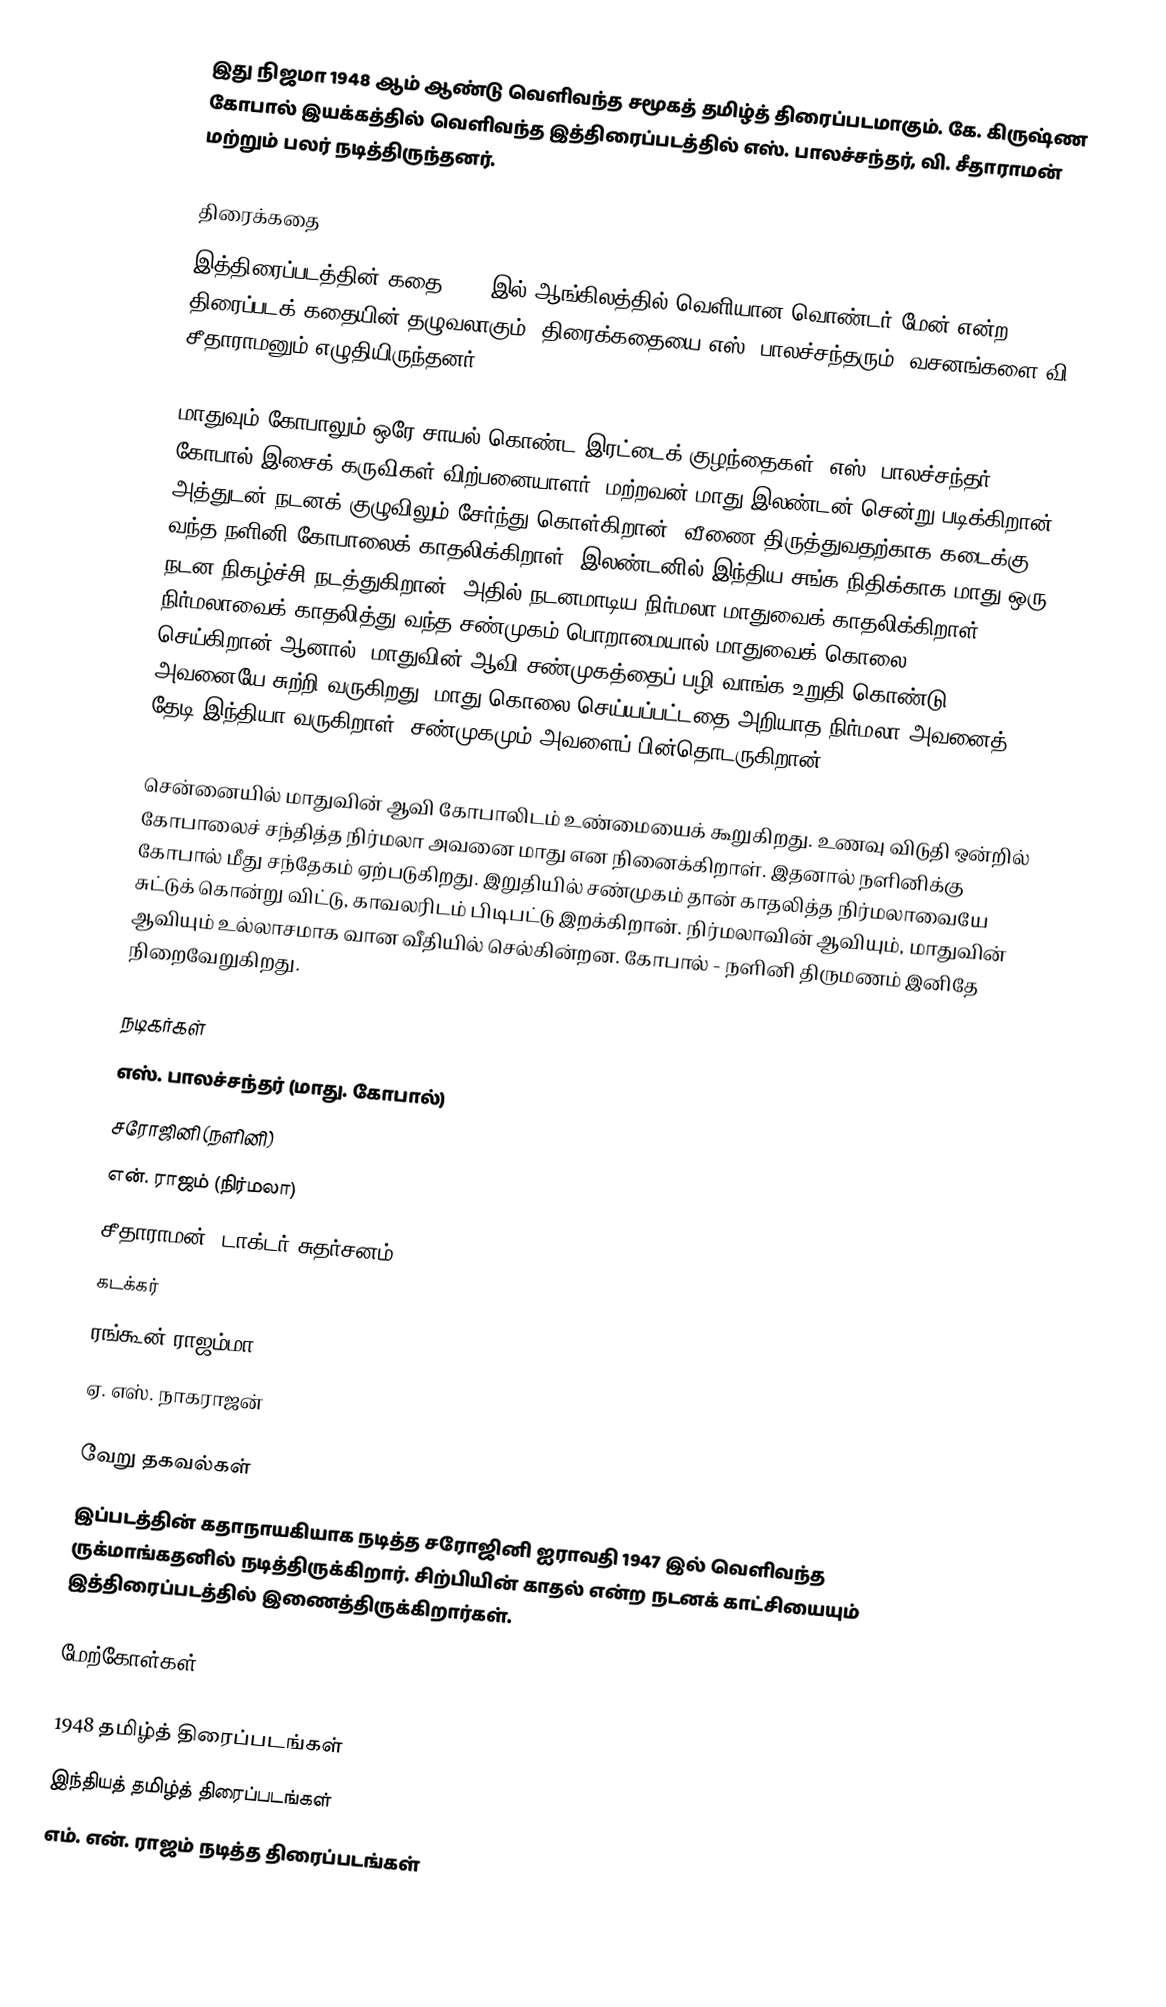
இது நிஜமா 1948 ஆம் ஆண்டு வெளிவந்த சமூகத் தமிழ்த் திரைப்படமாகும். கே. கிருஷ்ண கோபால் இயக்கத்தில் வெளிவந்த இத்திரைப்படத்தில் எஸ். பாலச்சந்தர், வி. சீதாராமன் மற்றும் பலர் நடித்திருந்தனர்.

திரைக்கதை
இத்திரைப்படத்தின் கதை 1945 இல் ஆங்கிலத்தில் வெளியான வொண்டர் மேன் என்ற திரைப்படக் கதையின் தழுவலாகும். திரைக்கதையை எஸ். பாலச்சந்தரும், வசனங்களை வி. சீதாராமனும் எழுதியிருந்தனர்.

மாதுவும் கோபாலும் ஒரே சாயல் கொண்ட இரட்டைக் குழந்தைகள் (எஸ். பாலச்சந்தர்). கோபால் இசைக் கருவிகள் விற்பனையாளர். மற்றவன் மாது இலண்டன் சென்று படிக்கிறான். அத்துடன் நடனக் குழுவிலும் சேர்ந்து கொள்கிறான். வீணை திருத்துவதற்காக கடைக்கு வந்த நளினி கோபாலைக் காதலிக்கிறாள். இலண்டனில் இந்திய சங்க நிதிக்காக மாது ஒரு நடன நிகழ்ச்சி நடத்துகிறான். அதில் நடனமாடிய நிர்மலா மாதுவைக் காதலிக்கிறாள். நிர்மலாவைக் காதலித்து வந்த சண்முகம் பொறாமையால் மாதுவைக் கொலை செய்கிறான்.ஆனால், மாதுவின் ஆவி சண்முகத்தைப் பழி வாங்க உறுதி கொண்டு அவனையே சுற்றி வருகிறது.  மாது கொலை செய்யப்பட்டதை அறியாத நிர்மலா அவனைத் தேடி இந்தியா வருகிறாள். சண்முகமும் அவளைப் பின்தொடருகிறான்.

சென்னையில் மாதுவின் ஆவி கோபாலிடம் உண்மையைக் கூறுகிறது. உணவு விடுதி ஒன்றில் கோபாலைச் சந்தித்த நிர்மலா அவனை மாது என நினைக்கிறாள். இதனால் நளினிக்கு கோபால் மீது சந்தேகம் ஏற்படுகிறது.  இறுதியில் சண்முகம் தான் காதலித்த நிர்மலாவையே சுட்டுக் கொன்று விட்டு, காவலரிடம் பிடிபட்டு இறக்கிறான். நிர்மலாவின் ஆவியும், மாதுவின் ஆவியும் உல்லாசமாக வான வீதியில் செல்கின்றன. கோபால் - நளினி திருமணம் இனிதே நிறைவேறுகிறது.

நடிகர்கள்
 எஸ். பாலச்சந்தர் (மாது. கோபால்)
 சரோஜினி (நளினி)
 என். ராஜம் (நிர்மலா)
 சீதாராமன் (டாக்டர் சுதர்சனம்)
 கடக்கர்
 ரங்கூன் ராஜம்மா
 ஏ. எஸ். நாகராஜன்

வேறு தகவல்கள்
இப்படத்தின் கதாநாயகியாக நடித்த சரோஜினி ஐராவதி 1947 இல் வெளிவந்த ருக்மாங்கதனில் நடித்திருக்கிறார். சிற்பியின் காதல் என்ற நடனக் காட்சியையும் இத்திரைப்படத்தில் இணைத்திருக்கிறார்கள்.

மேற்கோள்கள்

1948 தமிழ்த் திரைப்படங்கள்
இந்தியத் தமிழ்த் திரைப்படங்கள்
எம். என். ராஜம் நடித்த திரைப்படங்கள்